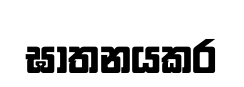
ඝාතනයකර